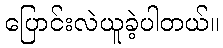
ပြောင်းလဲယူခဲ့ပါတယ်။